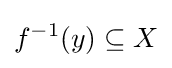
f^{-1}(y)\subseteq X